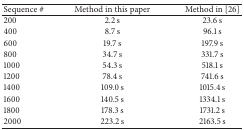
<table><thead><tr><td><b>Sequence<i> #</i></b></td><td><b>Method in this paper</b></td><td><b>Method in [26]</b></td></tr></thead><tbody><tr><td>200</td><td>2.2 s</td><td>23.6 s</td></tr><tr><td>400</td><td>8.7 s</td><td>96.1 s</td></tr><tr><td>600</td><td>19.7 s</td><td>197.9 s</td></tr><tr><td>800</td><td>34.7 s</td><td>331.7 s</td></tr><tr><td>1000</td><td>54.3 s</td><td>518.1 s</td></tr><tr><td>1200</td><td>78.4 s</td><td>741.6 s</td></tr><tr><td>1400</td><td>109.0 s</td><td>1015.4 s</td></tr><tr><td>1600</td><td>140.5 s</td><td>1334.1 s</td></tr><tr><td>1800</td><td>178.3 s</td><td>1731.2 s</td></tr><tr><td>2000</td><td>223.2 s</td><td>2163.5 s</td></tr></tbody></table>